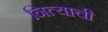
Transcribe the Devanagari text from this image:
नित्याची